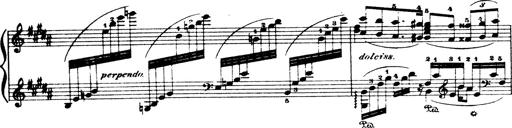
Title: Wagner-Liszt Album
Composer: Franz Liszt